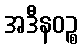
အဒီနဝဉ္စ